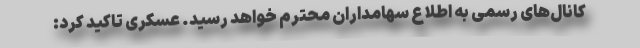
کانال‌های رسمی به اطلاع سهامداران محترم خواهد رسید. عسکری تاکید کرد: